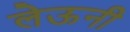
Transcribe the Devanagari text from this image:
लेऊनी